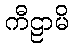
ကီဠာမိ